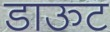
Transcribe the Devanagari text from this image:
डाऊट